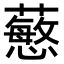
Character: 𧁋